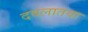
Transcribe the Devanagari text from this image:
दवलातवा